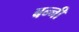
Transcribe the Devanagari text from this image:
बन्‍नी